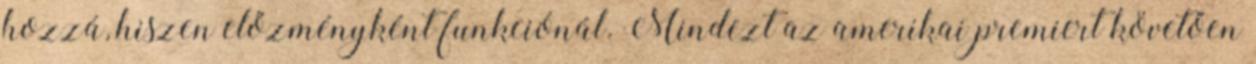
hozzá, hiszen előzményként funkciónál. Mindezt az amerikai premiert követően